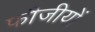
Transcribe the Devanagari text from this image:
फौजीयों